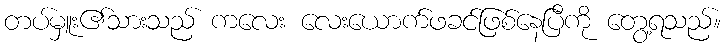
တပ်မှူး၏သားသည် ကလေး လေးယောက်ဖခင်ဖြစ်နေပြီကို တွေ့ရသည်။